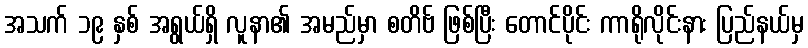
အသက် ၁၉ နှစ် အရွယ်ရှိ လူနာ၏ အမည်မှာ စတိဗ် ဖြစ်ပြီး တောင်ပိုင်း ကာရိုလိုင်းနား ပြည်နယ်မှ